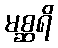
မစ္ဆရိ